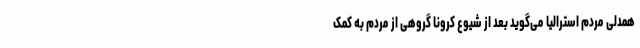
همدلی مردم استرالیا می‌گوید بعد از شیوع کرونا گروهی از مردم به کمک